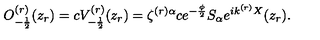
O _ { - \frac { 1 } { 2 } } ^ { ( r ) } ( z _ { r } ) = c V _ { - \frac { 1 } { 2 } } ^ { ( r ) } ( z _ { r } ) = \zeta ^ { ( r ) \alpha } c e ^ { - \frac { \phi } { 2 } } S _ { \alpha } e ^ { i k ^ { ( r ) } X } ( z _ { r } ) .